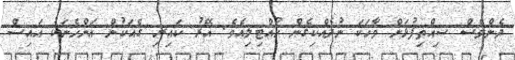
ދެންވެސް ސިއްތިފުޅަށް ވާހަކަ ނުދެއްކިގެން ހުއްޓިލިއެވެ. އޭރު ކައިރި ގެއަކުން އަންހެނަކު އައިސް